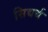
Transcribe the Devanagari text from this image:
सिद्यर्थ